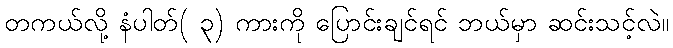
တကယ်လို့ နံပါတ်( ၃) ကားကို ပြောင်းချင်ရင် ဘယ်မှာ ဆင်းသင့်လဲ။